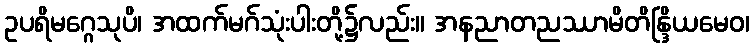
ဥပရိမဂ္ဂေသုပိ၊ အထက်မဂ်သုံးပါးတို့၌လည်း။ အနညာတညဿာမိတိန္ဒြိယမေဝ၊